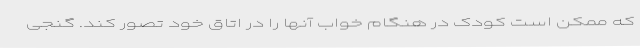
که ممکن است کودک در هنگام خواب آنها را در اتاق خود تصور کند. گنجی